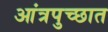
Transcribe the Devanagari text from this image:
आंत्रपुच्छात